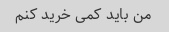
من باید کمی خرید کنم